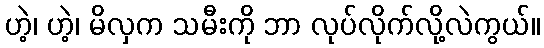
ဟဲ့၊ ဟဲ့၊ မိလှက သမီးကို ဘာ လုပ်လိုက်လို့လဲကွယ်။